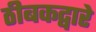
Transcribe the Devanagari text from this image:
ठीबकद्वारे